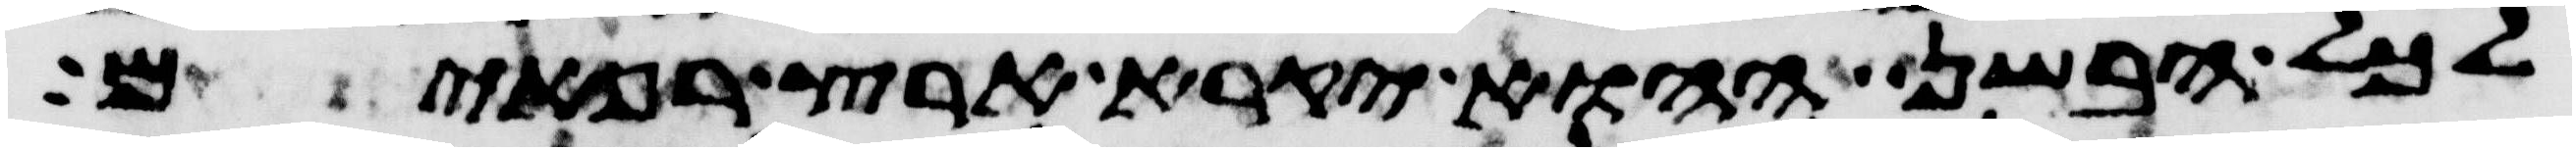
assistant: לכל הבשן ההוא יקרא ארץ רפאים